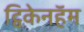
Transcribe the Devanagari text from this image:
ट्विकेनहॅम